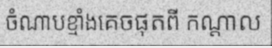
ចំណាបខ្មាំងគេចផុតពី កណ្តាល